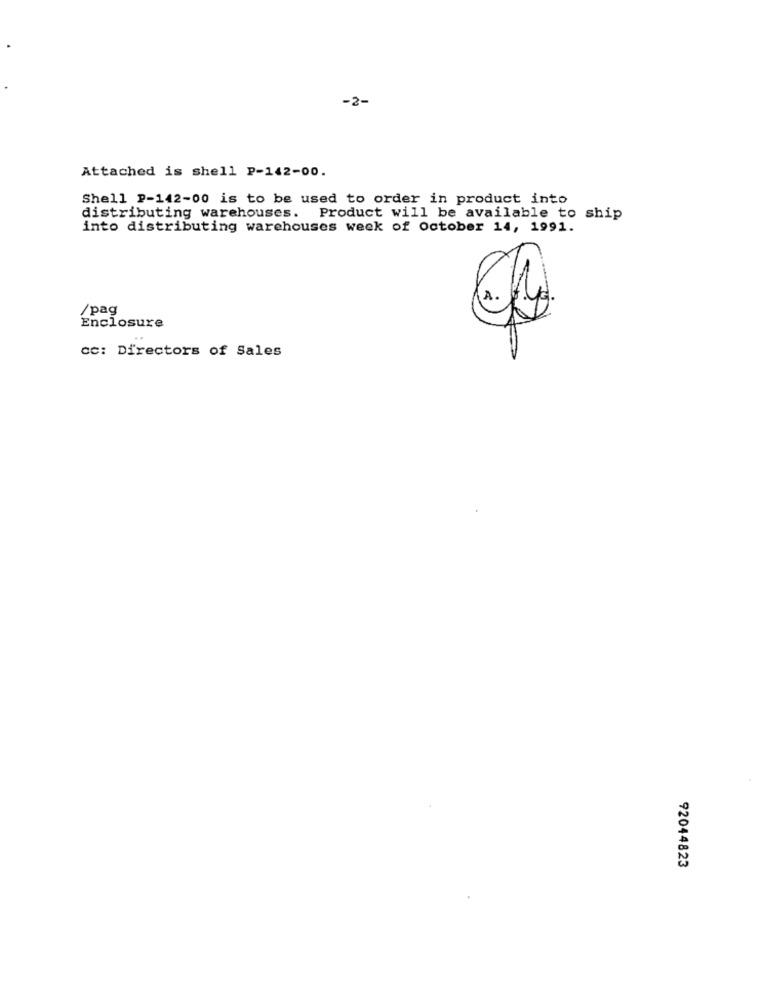
-2-
Attached is shell P-142-00.
Shell P-142-00 is to be used to order in product into
distributing warehouses. Product will be available to ship
into distributing warehouses week of october 14, 1991.
/pag
Enclosure
cc: Directors of Sales
92044823